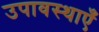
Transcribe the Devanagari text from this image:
उपावस्थाएँ